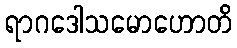
ရာဂဒေါသမောဟောတိ